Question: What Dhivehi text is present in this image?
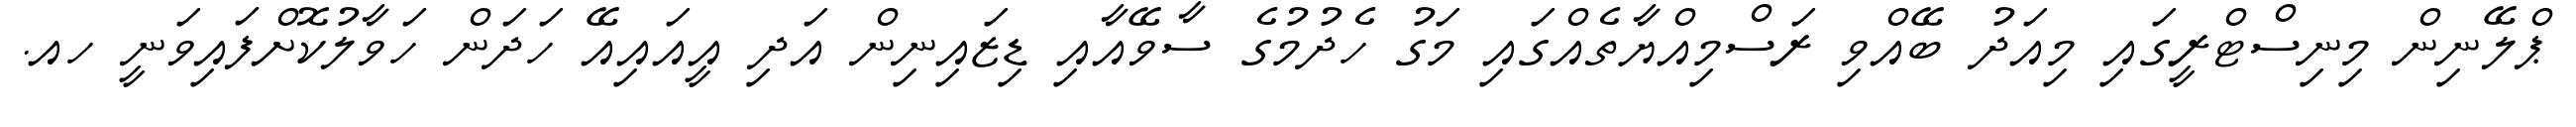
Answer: ޕްލޭނިން މިނިސްޓްރީގައި މިއަދު ބޭއްވި ރަސްމިއްޔާތެއްގައި މަގު ހެދުމުގެ ސާވޭއާއި ޑިޒައިނިން އަދި އީއައިއޭ ހަދަން ހަވާލުކޮށްފައިވަނީ ހއ.